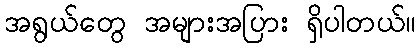
အရွယ်တွေ အများအပြား ရှိပါတယ်။